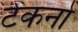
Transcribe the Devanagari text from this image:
टेकनो